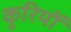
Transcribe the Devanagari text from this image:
कुरियों